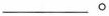
___ 。